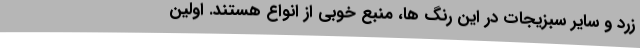
زرد و سایر سبزیجات در این رنگ ها، منبع خوبی از انواع هستند. اولین